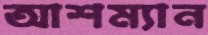
আশম্যান